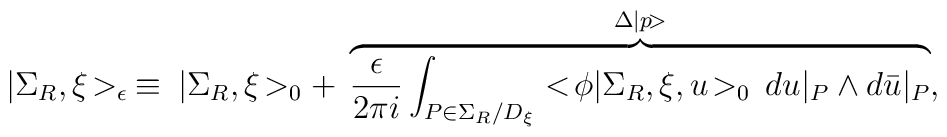
|\Sigma_R, \xi \! >_{\epsilon} \: \equiv \: |\Sigma_R, \xi \! >_0 + \:\overbrace{\frac{\epsilon}{2 \pi i} \int_{P \in \Sigma_R/D_{\xi}}  < \!\phi|\Sigma_R, \xi, u \! >_0 \, du|_P \wedge d\bar{u}|_P}^{\Delta |p\!> },